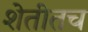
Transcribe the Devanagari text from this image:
शेतीतच